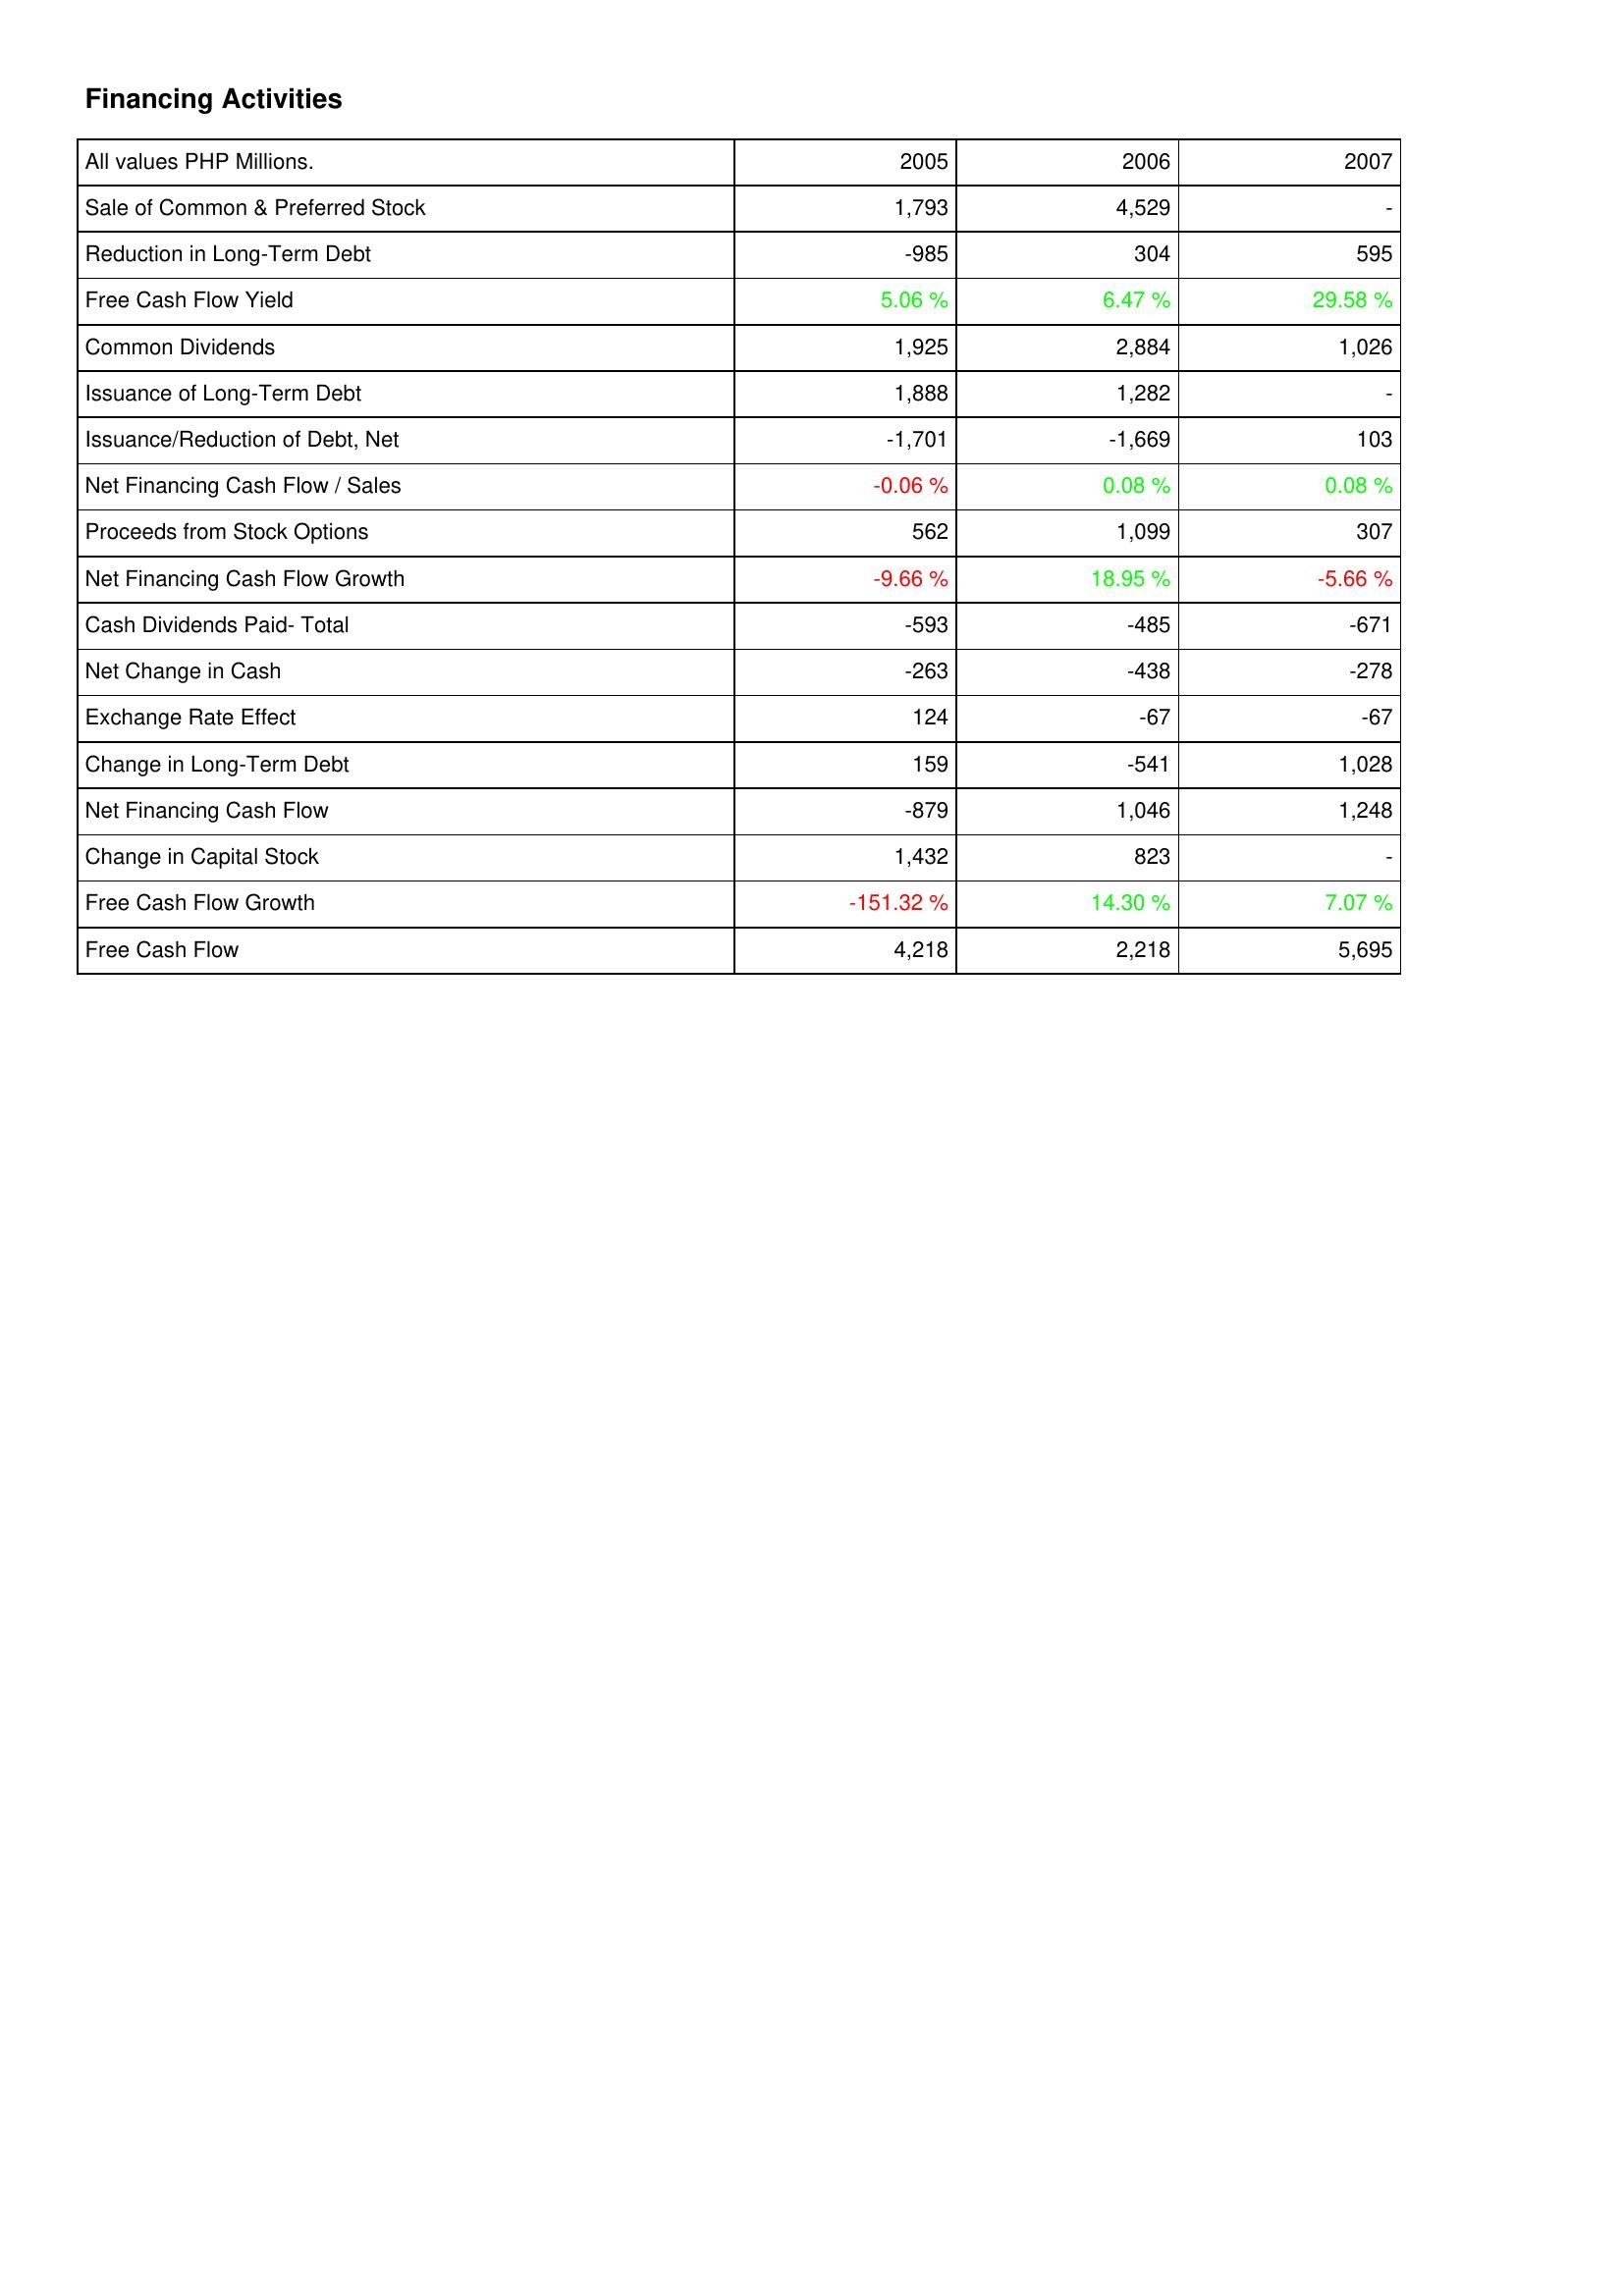
2005: Financing Activities: Sale of Common & Preferred Stock: 1,793
Reduction in Long-Term Debt: -985
Free Cash Flow Yield: 5.06 %
Common Dividends: 1,925
Issuance of Long-Term Debt: 1,888
Issuance/Reduction of Debt, Net: -1,701
Net Financing Cash Flow / Sales: -0.06 %
Proceeds from Stock Options: 562
Net Financing Cash Flow Growth: -9.66 %
Cash Dividends Paid- Total: -593
Net Change in Cash: -263
Exchange Rate Effect: 124
Change in Long-Term Debt: 159
Net Financing Cash Flow: -879
Change in Capital Stock: 1,432
Free Cash Flow Growth: -151.32 %
Free Cash Flow: 4,218
2006: Financing Activities: Sale of Common & Preferred Stock: 4,529
Reduction in Long-Term Debt: 304
Free Cash Flow Yield: 6.47 %
Common Dividends: 2,884
Issuance of Long-Term Debt: 1,282
Issuance/Reduction of Debt, Net: -1,669
Net Financing Cash Flow / Sales: 0.08 %
Proceeds from Stock Options: 1,099
Net Financing Cash Flow Growth: 18.95 %
Cash Dividends Paid- Total: -485
Net Change in Cash: -438
Exchange Rate Effect: -67
Change in Long-Term Debt: -541
Net Financing Cash Flow: 1,046
Change in Capital Stock: 823
Free Cash Flow Growth: 14.30 %
Free Cash Flow: 2,218
2007: Financing Activities: Sale of Common & Preferred Stock: -
Reduction in Long-Term Debt: 595
Free Cash Flow Yield: 29.58 %
Common Dividends: 1,026
Issuance of Long-Term Debt: -
Issuance/Reduction of Debt, Net: 103
Net Financing Cash Flow / Sales: 0.08 %
Proceeds from Stock Options: 307
Net Financing Cash Flow Growth: -5.66 %
Cash Dividends Paid- Total: -671
Net Change in Cash: -278
Exchange Rate Effect: -67
Change in Long-Term Debt: 1,028
Net Financing Cash Flow: 1,248
Change in Capital Stock: -
Free Cash Flow Growth: 7.07 %
Free Cash Flow: 5,695